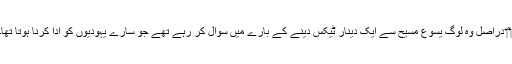
‏“‏ دراصل وہ لوگ یسوع مسیح سے ایک دینار ٹیکس دینے کے بارے میں سوال کر رہے تھے جو سارے یہودیوں کو ادا کرنا ہوتا تھا۔